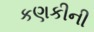
કણકીની